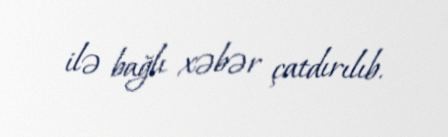
ilə bağlı xəbər çatdırılıb.